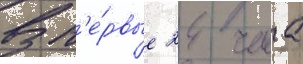
В п'е́рвые 24 часа